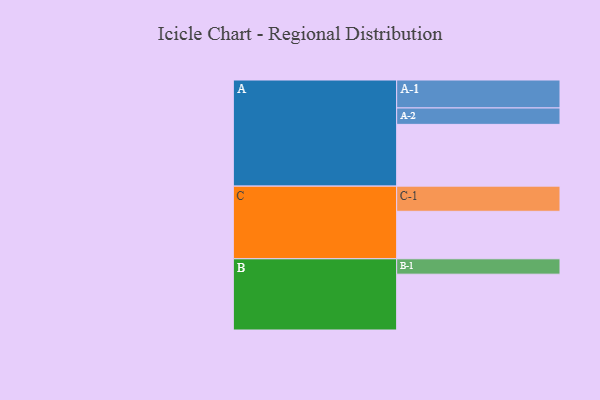
{"axis": {"x": "Segment", "y": "Value"}, "legend": ["", "A", "B", "C"], "data": [{"x": "A", "y": 550, "type": ""}, {"x": "B", "y": 497, "type": ""}, {"x": "C", "y": 423, "type": ""}, {"x": "A-1", "y": 249, "type": "A"}, {"x": "A-2", "y": 146, "type": "A"}, {"x": "B-1", "y": 137, "type": "B"}, {"x": "C-1", "y": 224, "type": "C"}]}